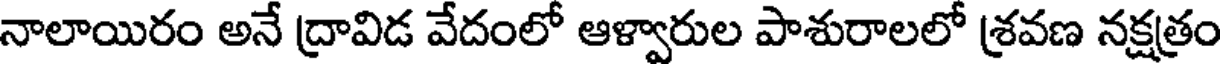
నాలాయిరం అనే ద్రావిడ వేదంలో ఆళ్వారుల పాశురాలలో శ్రవణ నక్షత్రం